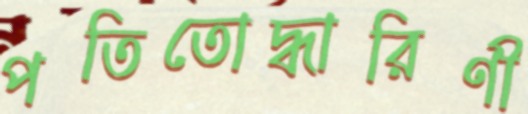
পতিতোদ্ধারিণী